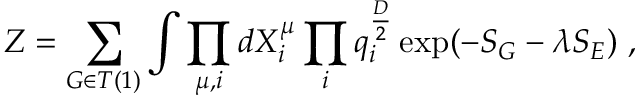
Z = \sum _ { G \in T ( 1 ) } \int \prod _ { \mu , i } d X _ { i } ^ { \mu } \prod _ { i } q _ { i } ^ { \frac { D } { 2 } } \exp ( - S _ { G } - \lambda S _ { E } ) \ ,